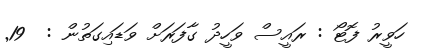
ހަވީރު ފޮޓޯ : ރައީސް ވަހީދު ގާފަރަށް ވަޑައިގަތުން :  19